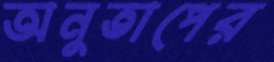
অনুতাপের